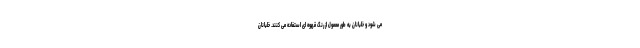
می شود و خلبانان به طور معمول از رنگ قهوه ای استفاده می کنند. خلبانان